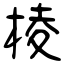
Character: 棱